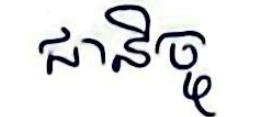
ជានិច្ច